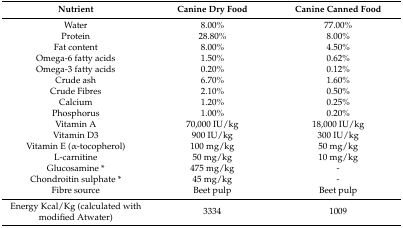
| Nutrient | Canine Dry Food | Canine Canned Food |
 | --- | --- | --- |
 | Water | 8.00% | 77.00% |
 | Protein | 28.80% | 8.00% |
 | Fat content | 8.00% | 4.50% |
 | Omega-6 fatty acids | 1.50% | 0.62% |
 | Omega-3 fatty acids | 0.20% | 0.12% |
 | Crude ash | 6.70% | 1.60% |
 | Crude Fibres | 2.10% | 0.50% |
 | Calcium | 1.20% | 0.25% |
 | Phosphorus | 1.00% | 0.20% |
 | Vitamin A | 70,000 IU/kg | 18,000 IU/kg |
 | Vitamin D3 | 900 IU/kg | 300 IU/kg |
 | Vitamin E (α-tocopherol) | 100 mg/kg | 50 mg/kg |
 | L-carnitine | 50 mg/kg | 10 mg/kg |
 | Glucosamine * | 475 mg/kg | - |
 | Chondroitin sulphate * | 45 mg/kg | - |
 | Fibre source | Beet pulp | Beet pulp |
 | Energy Kcal/Kg (calculated with modified Atwater) | 3334 | 1009 |